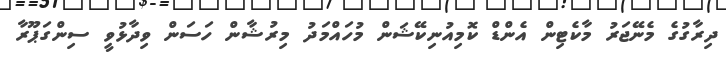
ދިރާގުގެ މެނޭޖަރު މާކެޓިން އެންޑް ކޮމިއުނިކޭޝަން މުހައްމަދު މިރުޝާން ހަސަން ވިދާޅުވީ ސިންގަޕޫރާ